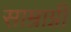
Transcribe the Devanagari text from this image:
साम्राग्नी